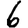
Digit: 6